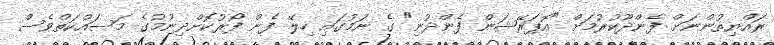
ރައްޔިތުންނަށް ފެންދޫކުރުމަށް "އޮޕަރޭޝަން ފެންދުނި" ގެ ނަމުގައި ހިލޭ ފެން ފޯރުކޮށްދިނުމުގެ މަސައްކަތްވެސް